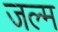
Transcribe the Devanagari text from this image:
जल्म